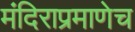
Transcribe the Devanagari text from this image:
मंदिराप्रमाणेच